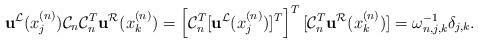
LaTeX: \begin{align*}\mathbf{u}^{\mathcal{L}}(x_j^{(n)}) \mathcal{C}_n\mathcal{C}_n^T \mathbf{u}^{\mathcal{R}}(x_k^{(n)})=\left[\mathcal{C}_n^T[\mathbf{u}^{\mathcal{L}}(x_j^{(n)})]^T\right]^T [\mathcal{C}_n^T \mathbf{u}^{\mathcal{R}}(x_k^{(n)})]= \omega_{n,j,k}^{-1}\delta_{j,k}.\end{align*}